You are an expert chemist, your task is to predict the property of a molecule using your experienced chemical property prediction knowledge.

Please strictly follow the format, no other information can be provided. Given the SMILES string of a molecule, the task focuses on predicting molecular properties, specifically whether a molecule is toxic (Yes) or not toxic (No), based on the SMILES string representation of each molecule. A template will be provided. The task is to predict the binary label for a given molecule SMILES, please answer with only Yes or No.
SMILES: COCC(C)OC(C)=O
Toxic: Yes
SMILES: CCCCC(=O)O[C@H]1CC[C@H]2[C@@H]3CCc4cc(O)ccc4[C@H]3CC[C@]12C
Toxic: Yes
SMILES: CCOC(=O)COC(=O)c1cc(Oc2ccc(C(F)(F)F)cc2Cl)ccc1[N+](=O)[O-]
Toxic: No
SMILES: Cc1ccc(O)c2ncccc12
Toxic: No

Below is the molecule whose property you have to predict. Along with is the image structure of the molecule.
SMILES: CCCCN(CCO)CCCC
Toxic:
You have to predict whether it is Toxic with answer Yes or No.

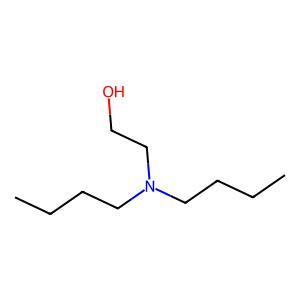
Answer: No